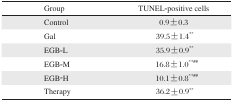
| Group | TUNEL-positive cells |
 | --- | --- |
 | Control | 0.9±0.3 |
 | Gal | 39.5±1.4** |
 | EGB-L | 35.9±0.9** |
 | EGB-M | 16.8±1.0**## |
 | EGB-H | 10.1±0.8**## |
 | Therapy | 36.2±0.9** |